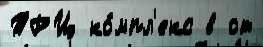
ТРЦ ко́мпл'екс в от